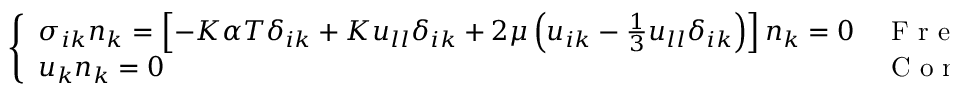
\left\{ \begin{array} { l l } { \sigma _ { i k } n _ { k } = \left[ - K \alpha T \delta _ { i k } + K u _ { l l } \delta _ { i k } + 2 \mu \left( u _ { i k } - \frac { 1 } { 3 } u _ { l l } \delta _ { i k } \right) \right] n _ { k } = 0 } & { { \mathrm { ~ F ~ r ~ e ~ e ~ p ~ a ~ r ~ t ~ } } } \\ { u _ { k } n _ { k } = 0 } & { { \mathrm { ~ C ~ o ~ n ~ t ~ a ~ c ~ t ~ p ~ a ~ r ~ t ~ } } } \end{array} \right.